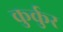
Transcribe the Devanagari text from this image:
कुर्कुर